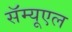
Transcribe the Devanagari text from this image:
सॅम्यूएल